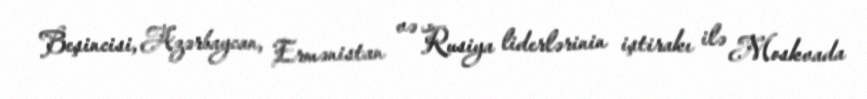
Beşincisi, Azərbaycan, Ermənistan və Rusiya liderlərinin iştirakı ilə Moskvada